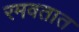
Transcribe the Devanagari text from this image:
रमवतात